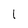
Character: l